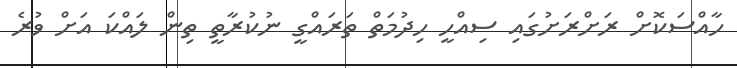
ހާއްސަކޮށް ރަށްރަށުގައި ސިއްހީ ހިދުމަތް ތަރައްގީ ނުކުރާތީ ތިން ލައްކަ އަށް ވުރެ